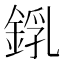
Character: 𨨜